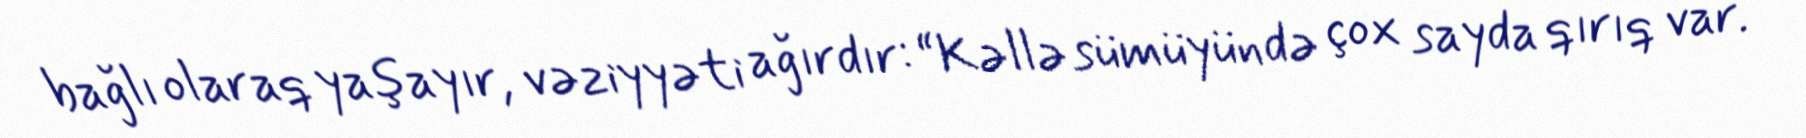
bağlı olaraq yaşayır, vəziyyəti ağırdır: “Kəllə sümüyündə çox sayda qırıq var.